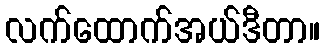
လက်ထောက်အယ်ဒီတာ။